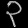
Digit: ၃